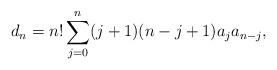
LaTeX: \begin{align*}d_n = n! \sum_{j=0}^{n}(j+1)(n-j+1)a_ja_{n-j},\end{align*}